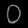
Digit: ၀